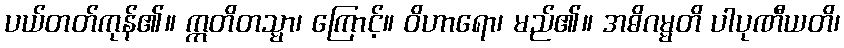
ပယ်တတ်ကုန်၏။ ဣတိတသ္မာ၊ ကြောင့်။ ဝိဟာရော၊ မည်၏။ အဓိဂမ္မတိ ပါပုဏီယတိ၊